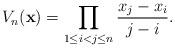
LaTeX: \begin{align*}V_n(\mathbf{x})=\prod_{1\leq i<j\leq n} \frac{x_j-x_i}{j-i}.\end{align*}